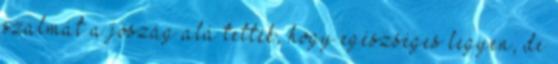
szalmát a jószág alá tették, hogy egészséges legyen, de